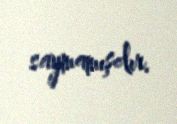
saymamışdır.